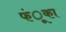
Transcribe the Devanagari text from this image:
फंूका